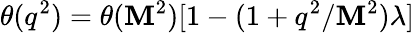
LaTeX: \theta(q^{2})=\theta(\mathbf{M}^{2})[1-(1+q^{2}/\mathbf{M}^{2})\lambda]